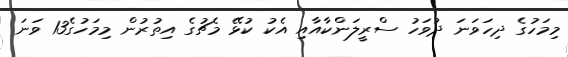
މިމަހުގެ ދިހަވަނަ ދުވަހު ސްރީލަންކާއާއި އެކު ކުޅޭ މެޗުގެ އިތުރުން މިމަހުގެ13 ވަނަ